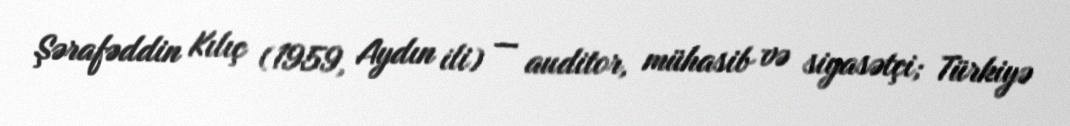
Şərafəddin Kılıç (1959, Aydın ili) — auditor, mühasib və siyasətçi; Türkiyə